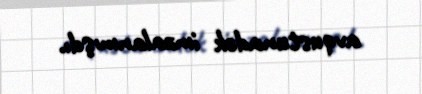
avqustunadək imzalanmışdı.